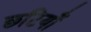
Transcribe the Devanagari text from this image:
छटियाँ